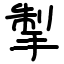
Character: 掣